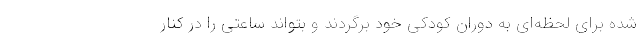
شده برای لحظه‌ای به دوران کودکی خود برگردند و بتواند ساعتی را در کنار